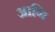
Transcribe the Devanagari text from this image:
आणि